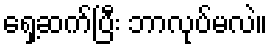
ရှေ့ဆက်ပြီး ဘာလုပ်မလဲ။